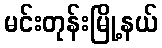
မင်းတုန်းမြို့နယ်